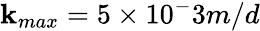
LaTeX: \mathbf{k}_{max}=5\times10^{-}3m/d